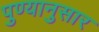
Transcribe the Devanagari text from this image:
पुण्यानुसार